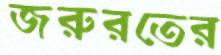
জরুরতের